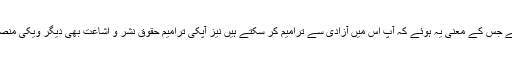
ویکی لغت ایک ویکی ہے جس کے معنی یہ ہوئے کہ آپ اس میں آزادی سے ترامیم کر سکتے ہیں نیز آپکی ترامیم حقوق نشر و اشاعت بھی دیگر ویکی منصوبوں جیسی رکھتی ہے۔